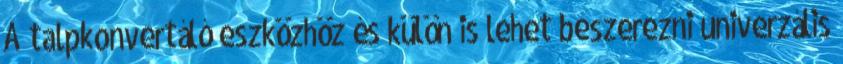
A talpkonvertáló eszközhöz és külön is lehet beszerezni univerzális